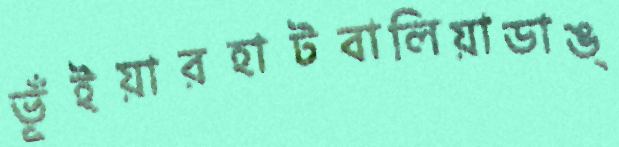
ভূঁইয়ারহাটবালিয়াডাঙ্